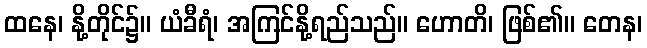
ထနေ၊ နို့တိုင်၌။ ယံခီရံ၊ အကြင်နို့ရည်သည်။ ဟောတိ၊ ဖြစ်၏။ တေန၊